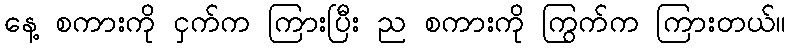
နေ့ စကားကို ငှက်က ကြားပြီး ည စကားကို ကြွက်က ကြားတယ်။